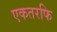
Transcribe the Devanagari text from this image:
एकतरफि